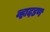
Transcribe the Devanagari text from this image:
व्हादडण